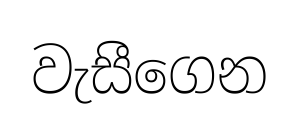
වැසීගෙන